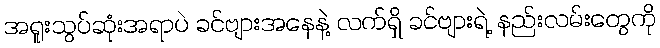
အရူးသွပ်ဆုံးအရာပဲ ခင်ဗျားအနေနဲ့ လက်ရှိ ခင်ဗျားရဲ့ နည်းလမ်းတွေကို